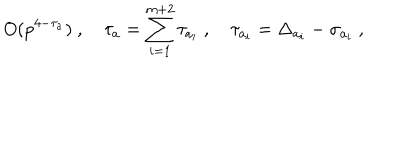
O ( p ^ { 4 - \tau _ { a } } ) \ , \quad \tau _ { a } = \sum _ { i = 1 } ^ { m + 2 } \tau _ { a _ { i } } \ , \quad \tau _ { a _ { i } } = \Delta _ { a _ { i } } - \sigma _ { a _ { i } } \ ,